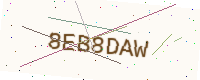
Text: 8EB8DAW